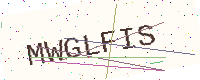
Text: MWGLFIS